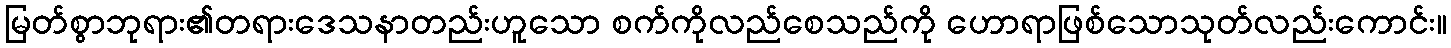
မြတ်စွာဘုရား၏တရားဒေသနာတည်းဟူသော စက်ကိုလည်စေသည်ကို ဟောရာဖြစ်သောသုတ်လည်းကောင်း။